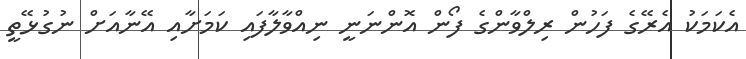
އެކަމަކު އެރޭގެ ފަހުން ރިލްވާންގެ ފޯން އޮންނަނީ ނިއްވާލާފައި ކަމަށާއި އޭނާއަށް ނުގުޅޭތީ